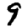
Digit: 9